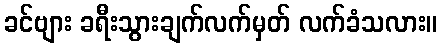
ခင်ဗျား ခရီးသွားချက်လက်မှတ် လက်ခံသလား။